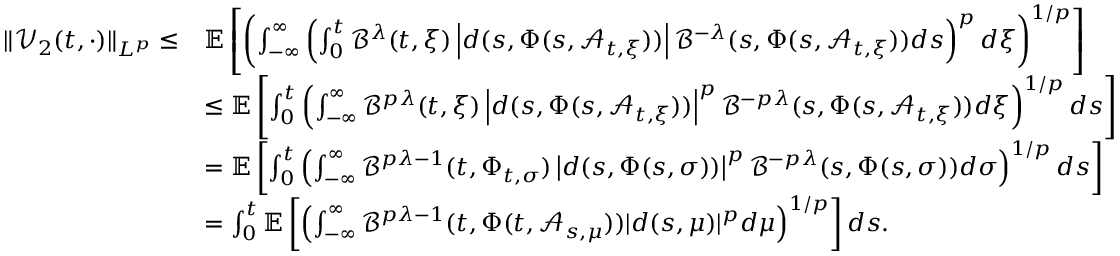
\begin{array} { r l } { \| \mathcal { V } _ { 2 } ( t , \cdot ) \| _ { L ^ { p } } \leq } & { \mathbb { E } \left[ \left( \int _ { - \infty } ^ { \infty } \left( \int _ { 0 } ^ { t } \mathcal { B } ^ { \lambda } ( t , \xi ) \left| d ( s , \Phi ( s , \mathcal { A } _ { t , \xi } ) ) \right| \mathcal { B } ^ { - \lambda } ( s , \Phi ( s , \mathcal { A } _ { t , \xi } ) ) d s \right) ^ { p } d \xi \right) ^ { 1 / p } \right] } \\ & { \leq \mathbb { E } \left[ \int _ { 0 } ^ { t } \left( \int _ { - \infty } ^ { \infty } \mathcal { B } ^ { p \lambda } ( t , \xi ) \left| d ( s , \Phi ( s , \mathcal { A } _ { t , \xi } ) ) \right| ^ { p } \mathcal { B } ^ { - p \lambda } ( s , \Phi ( s , \mathcal { A } _ { t , \xi } ) ) d \xi \right) ^ { 1 / p } d s \right] } \\ & { = \mathbb { E } \left[ \int _ { 0 } ^ { t } \left( \int _ { - \infty } ^ { \infty } \mathcal { B } ^ { p \lambda - 1 } ( t , \Phi _ { t , \sigma } ) \left| d ( s , \Phi ( s , \sigma ) ) \right| ^ { p } \mathcal { B } ^ { - p \lambda } ( s , \Phi ( s , \sigma ) ) d \sigma \right) ^ { 1 / p } d s \right] } \\ & { = \int _ { 0 } ^ { t } \mathbb { E } \left[ \left( \int _ { - \infty } ^ { \infty } \mathcal { B } ^ { p \lambda - 1 } ( t , \Phi ( t , \mathcal { A } _ { s , \mu } ) ) | d ( s , \mu ) | ^ { p } d \mu \right) ^ { 1 / p } \right] d s . } \end{array}